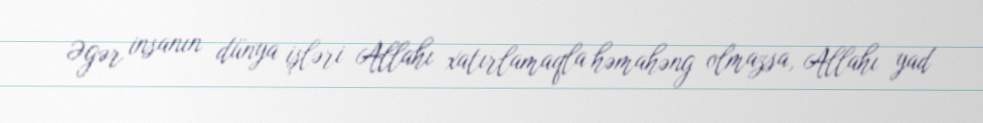
Əgər insanın dünya işləri Allahı xatırlamaqla həmahəng olmazsa, Allahı yad